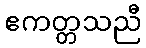
ဧကတ္တသညီ